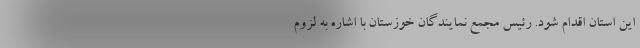
این استان اقدام شود. رئیس مجمع نمایندگان خوزستان با اشاره به لزوم